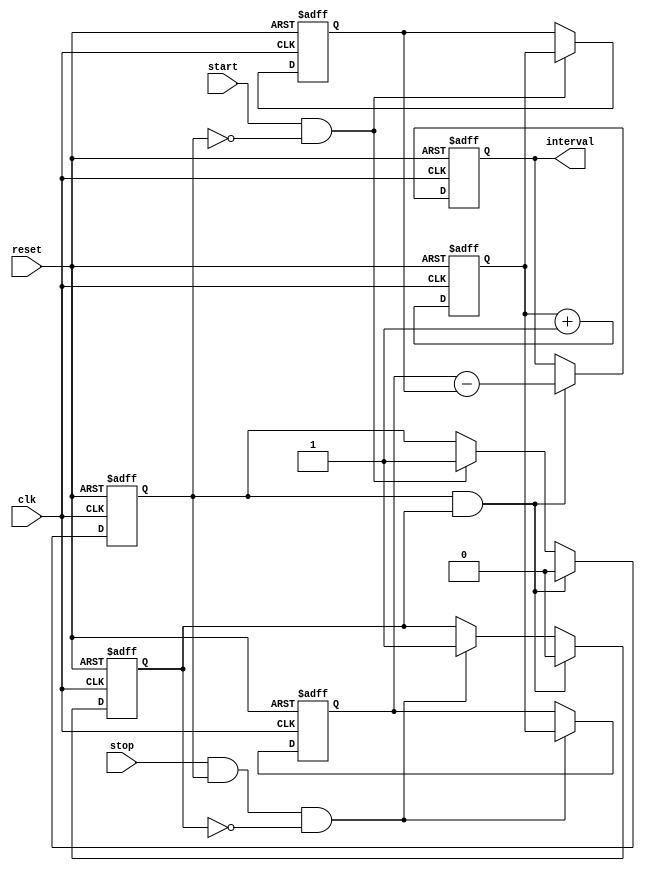
module TDC (
    input wire clk,          // Clock signal
    input wire reset,        // Reset signal
    input wire start,        // Start signal
    input wire stop,         // Stop signal
    output reg [7:0] interval // Output interval in clock cycles
);

    reg [7:0] counter;       // 8-bit counter
    reg [7:0] start_latch;   // Latch for start count
    reg [7:0] stop_latch;    // Latch for stop count
    reg start_flag;          // Flag to indicate start event detected
    reg stop_flag;           // Flag to indicate stop event detected

    // Counter logic
    always @(posedge clk or posedge reset) begin
        if (reset) begin
            counter <= 8'b0;  // Reset counter
            start_latch <= 8'b0; // Reset start latch
            stop_latch <= 8'b0;  // Reset stop latch
            interval <= 8'b0;     // Reset interval
            start_flag <= 1'b0;   // Reset start flag
            stop_flag <= 1'b0;    // Reset stop flag
        end else begin
            counter <= counter + 1; // Increment counter
            
            // Capture start event
            if (start && !start_flag) begin
                start_latch <= counter; // Latch the current counter value
                start_flag <= 1'b1;      // Set start flag
            end
            
            // Capture stop event
            if (stop && start_flag && !stop_flag) begin
                stop_latch <= counter; // Latch the current counter value
                stop_flag <= 1'b1;     // Set stop flag
            end
            
            // Calculate interval
            if (start_flag && stop_flag) begin
                interval <= stop_latch - start_latch; // Calculate interval
                // Reset flags for next measurement
                start_flag <= 1'b0;
                stop_flag <= 1'b0;
            end
        end
    end

endmodule